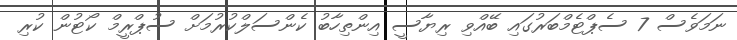
ނަމަވެސް 7 ސެޕްޓެމްބަރުގައި ބޭއްވި ރިޔާސީ އިންތިހާބު ކެންސަލްކުރުމަށް ސުޕްރީމް ކޯޓުން ކުރި